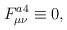
\begin{align*}F^{a4}_{\mu\nu} \equiv 0, \end{align*}